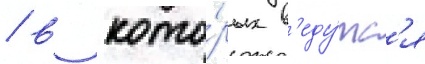
/ в кото́рых в'еду́тс'я